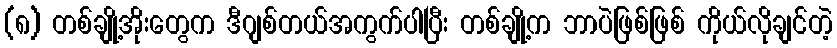
(၈) တစ်ချို့အိုးတွေက ဒီဂျစ်တယ်အကွက်ပါပြီး တစ်ချို့က ဘာပဲဖြစ်ဖြစ် ကိုယ်လိုချင်တဲ့